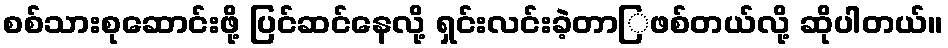
စစ်သားစုဆောင်းဖို့ ပြင်ဆင်နေလို့ ရှင်းလင်းခဲ့တာြဖစ်တယ်လို့ ဆိုပါတယ်။